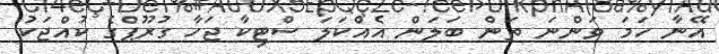
އޭނާ ހަމަ ވަންނަ ތަން ބަލަން އެއްކަލަ ސްޓިކާ ޖަހާ ގުރޫޕްގެ ކުއްޖަކު